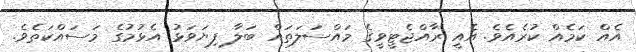
އެއް ކަމެއް ކުރެއެވެ. އެއީ ރާއްޖެޓީވީގެ މައްސަލަތައް ބަލާ ފިޔަވަޅު އެޅުމުގެ މަސައްކަތެވެ.